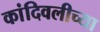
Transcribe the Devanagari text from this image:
कांदिवलीच्या